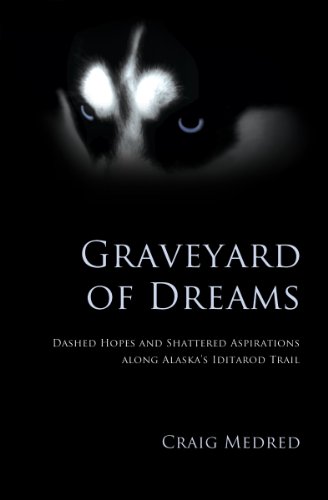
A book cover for Graveyard of Dreams: Dashed Hopes and Shattered Aspirations Along Alaska's Iditarod Trail; Craig Medred; Sports & Outdoors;